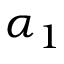
\alpha _ { 1 }